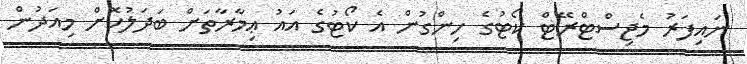
ނައިފަރު މެޖިސްޓްރޭޓް ކޯޓުގެ ހިންގުން އެ ކޯޓުގެ އައު ޢިމާރާތަށް ބަދަލުކޮށް މިއަދުން